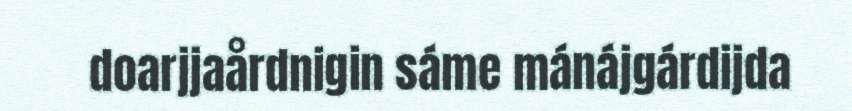
doarjjaårdnigin sáme mánájgárdijda